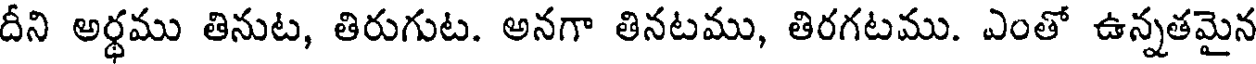
దీని అర్థము తినుట, తిరుగుట. అనగా తినటము, తిరగటము. ఎంతో ఉన్నతమైన